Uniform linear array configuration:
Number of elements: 48
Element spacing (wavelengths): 1
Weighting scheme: cosine
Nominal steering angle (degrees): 0
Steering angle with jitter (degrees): -1.64
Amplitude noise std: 0.05
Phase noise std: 0.05

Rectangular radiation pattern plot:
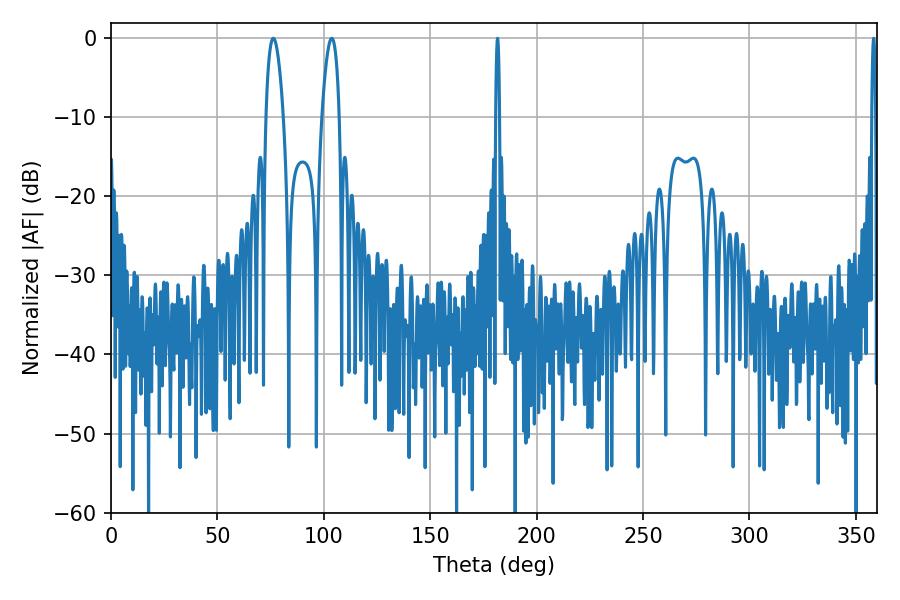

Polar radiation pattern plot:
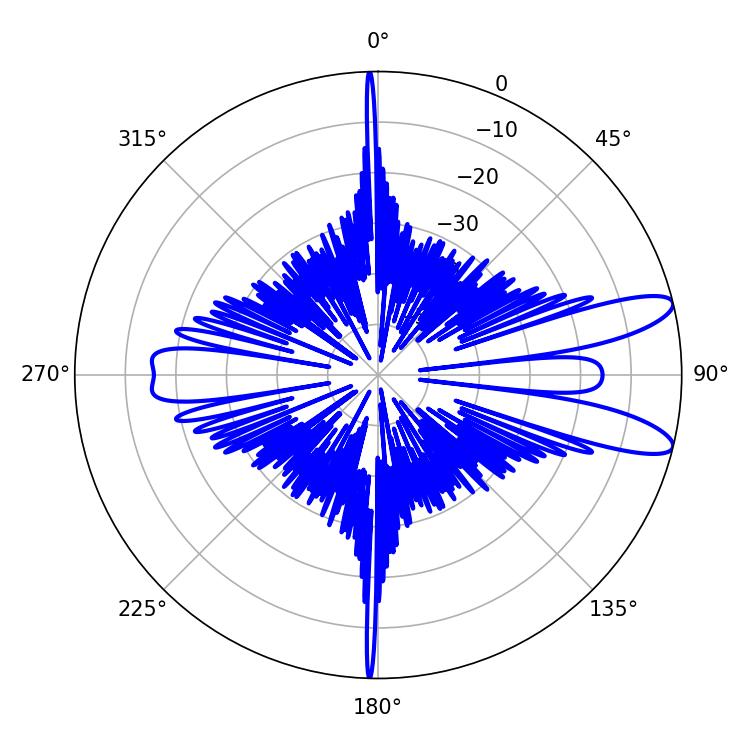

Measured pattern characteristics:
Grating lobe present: TRUE
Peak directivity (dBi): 10.915
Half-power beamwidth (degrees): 4.5
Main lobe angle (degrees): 76.32